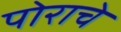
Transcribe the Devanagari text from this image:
पोराचे